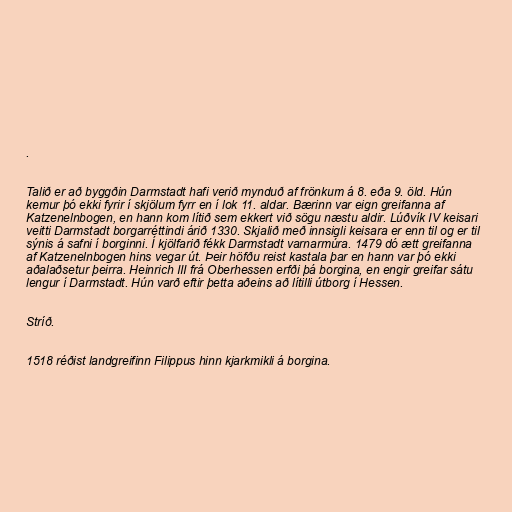
.

Talið er að byggðin Darmstadt hafi verið mynduð af frönkum á 8. eða 9. öld. Hún
kemur þó ekki fyrir í skjölum fyrr en í lok 11. aldar. Bærinn var eign greifanna af
Katzenelnbogen, en hann kom lítið sem ekkert við sögu næstu aldir. Lúðvík IV keisari
veitti Darmstadt borgarréttindi árið 1330. Skjalið með innsigli keisara er enn til og er til
sýnis á safni í borginni. Í kjölfarið fékk Darmstadt varnarmúra. 1479 dó ætt greifanna
af Katzenelnbogen hins vegar út. Þeir höfðu reist kastala þar en hann var þó ekki
aðalaðsetur þeirra. Heinrich III frá Oberhessen erfði þá borgina, en engir greifar sátu
lengur í Darmstadt. Hún varð eftir þetta aðeins að lítilli útborg í Hessen.

Stríð.

1518 réðist landgreifinn Filippus hinn kjarkmikli á borgina.